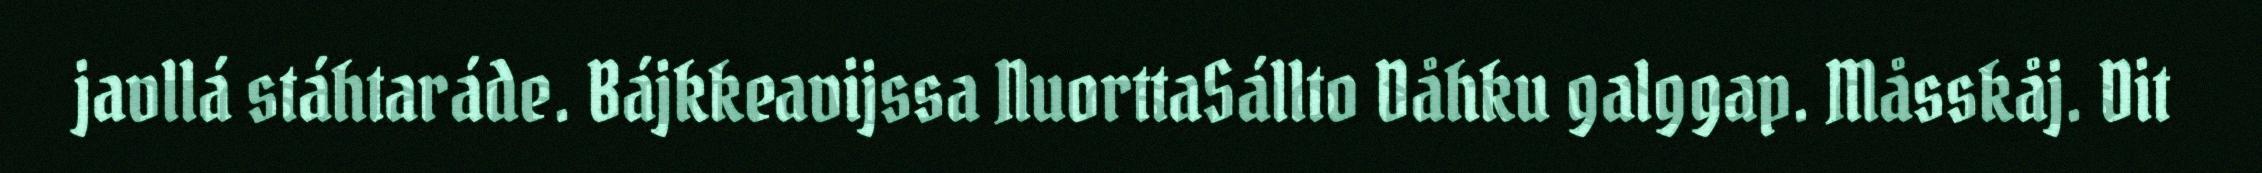
javllá stáhtaráde. Bájkkeavijssa NuorttaSállto Dåhku galggap. Måsskåj. Dit